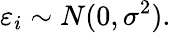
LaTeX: \varepsilon_{i}\sim N(0,\sigma^{2}).